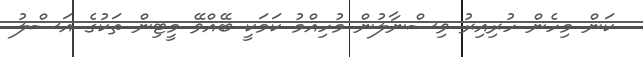
ކަން މިހެން ހުރިއިރު ވިސްނާލުން މުހިއްމު ކަމަކީ ބޭއްވޭ މީޓިން ތަކުގެ އަސްލު